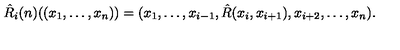
\hat { R } _ { i } ( n ) ( ( x _ { 1 } , \ldots , x _ { n } ) ) = ( x _ { 1 } , \ldots , x _ { i - 1 } , \hat { R } ( x _ { i } , x _ { i + 1 } ) , x _ { i + 2 } , \ldots , x _ { n } ) .